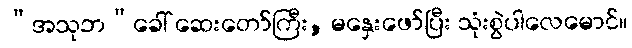
“အသုဘ”ခေါ် ဆေးတော်ကြီး, မနှေးဖော်ပြီး သုံးစွဲပါလေမောင်။